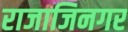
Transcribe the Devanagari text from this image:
राजाजिनगर